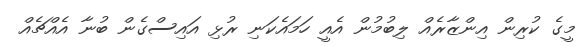
މީގެ ކުރިން އިންޒާރެއް ލިބުމުން އެއީ ހަމައެކަނި ރުޅި އައިސްގެން ބުނާ އެއްޗެއް